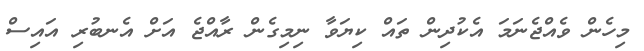
މިހެން ވެއްޖެނަމަ އެކުދިން ތައް ކިޔަވާ ނިމިގެން ރާއްޖެ އަށް އެނބުރި އައިސް